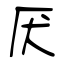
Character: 厌